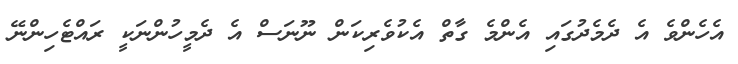
އެހެންވެ އެ ދެމެދުގައި އެންމެ ގާތް އެކުވެރިކަން ނޫނަސް އެ ދެމީހުންނަކީ ރައްޓެހިންނޭ